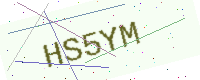
Text: HS5YM